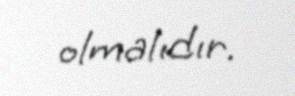
olmalıdır.